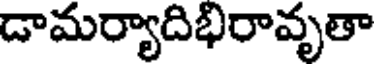
డామర్యాదిభిరావృతా